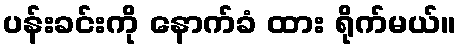
ပန်းခင်းကို နောက်ခံ ထား ရိုက်မယ်။